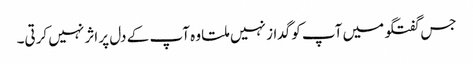
جس گفتگو میں آپ کو گداز نہیں ملتا وہ آپ کے دل پر اثر نہیں کرتی۔